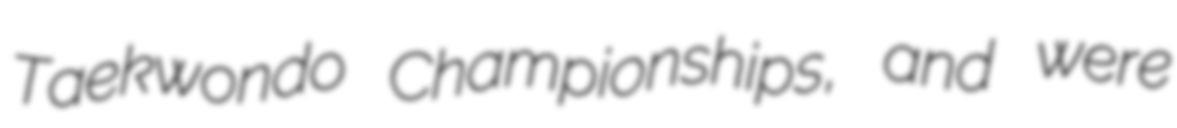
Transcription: Taekwondo Championships, and were